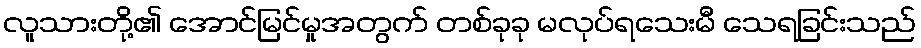
လူသားတို့၏ အောင်မြင်မှုအတွက် တစ်ခုခု မလုပ်ရသေးမီ သေရခြင်းသည်